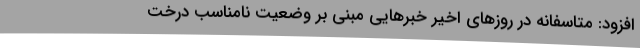
افزود: متاسفانه در روزهای اخیر خبرهایی مبنی بر وضعیت نامناسب درخت